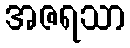
အဇရသာ